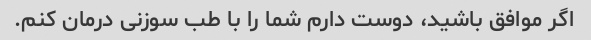
اگر موافق باشید، دوست دارم شما را با طب سوزنی درمان کنم.